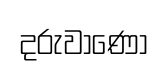
දරුවාණෝ